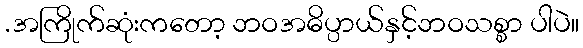
.အကြိုက်ဆုံးကတော့ ဘဝအဓိပ္ပာယ်နှင့်ဘဝသစ္စာ ပါပဲ။